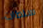
سلطات